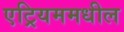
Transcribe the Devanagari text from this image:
एट्रियममधील